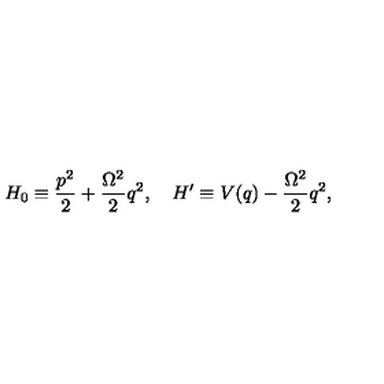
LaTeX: H _ { 0 } \equiv { \frac { p ^ { 2 } } { 2 } } + { \frac { \Omega ^ { 2 } } { 2 } } q ^ { 2 } , \quad H ^ { \prime } \equiv V ( q ) - { \frac { \Omega ^ { 2 } } { 2 } } q ^ { 2 } ,